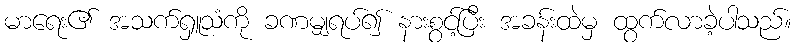
မာရေး၏ အသက်ရှူသံကို ခဏမျှရပ်၍ နားစွင့်ပြီး အခန်းထဲမှ ထွက်လာခဲ့ပါသည်။